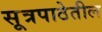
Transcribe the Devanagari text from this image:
सूत्रपाठेतील